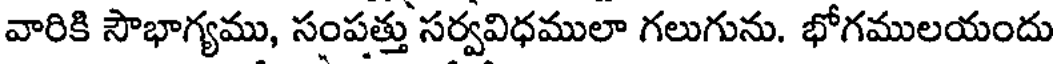
వారికి సౌభాగ్యము, సంపత్తు సర్వవిధములా గలుగును. భోగములయందు